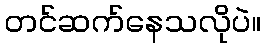
တင်ဆက်နေသလိုပဲ။